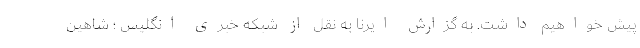
پیش خواهیم داشت. به گزارش ایرنا به نقل از شبکه خبری انگلیس ؛ شاهین